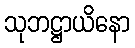
သုဘဋ္ဌာယိနော